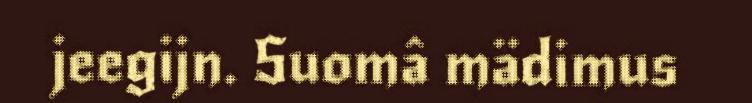
jeegijn. Suomâ mädimus